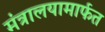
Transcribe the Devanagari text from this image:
मंत्रालयामार्फत